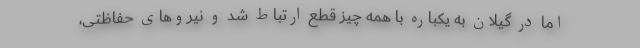
اما در گیلان به یکباره با همه چیز قطع ارتباط شد و نیروهای حفاظتی،